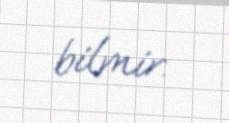
bilmir.